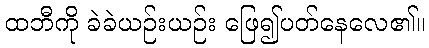
ထဘီကို ခဲခဲယဉ်းယဉ်း ဖြေ၍ပတ်နေလေ၏။